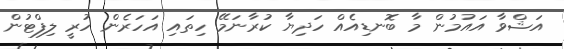
އަޝްވާ އައުމުން މާ ބޮނޑިއެއް ހަދިޔާ ކުރާނަމޭ ހިތައި އަހަރެން ހުރީ ލިފްޓުން